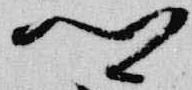
卿